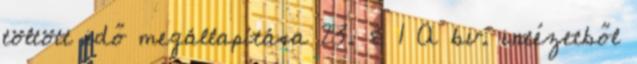
töltött idő megállapítása 23. § 1 A bv. intézetből